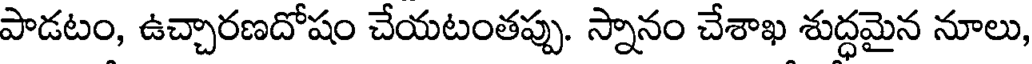
పాడటం, ఉచ్చారణదోషం చేయటంతప్పు. స్నానం చేశాఖ శుద్ధమైన నూలు,